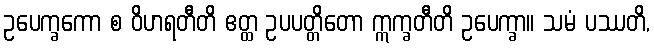
ဥပေက္ခကော စ ဝိဟရတီတိ ဧတ္ထ ဥပပတ္တိတော ဣက္ခတီတိ ဥပေက္ခာ။ သမံ ပဿတိ,